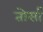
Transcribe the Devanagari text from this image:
तोर्सा